Source: Handwritten
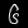
Digit: ၆ (6)